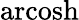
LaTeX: \operatorname{arcosh}